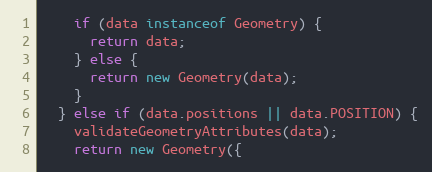
Language: JavaScript
    if (data instanceof Geometry) {
      return data;
    } else {
      return new Geometry(data);
    }
  } else if (data.positions || data.POSITION) {
    validateGeometryAttributes(data);
    return new Geometry({